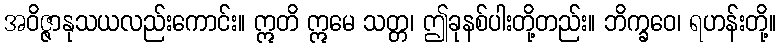
အဝိဇ္ဇာနုသယလည်းကောင်း။ ဣတိ ဣမေ သတ္တ၊ ဤခုနစ်ပါးတို့တည်း။ ဘိက္ခဝေ၊ ရဟန်းတို့။